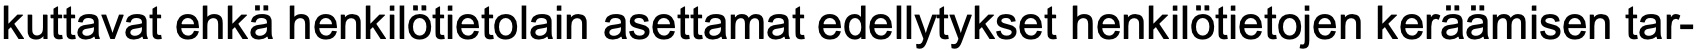
kuttavat ehkä henkilötietolain asettamat edellytykset henkilötietojen keräämisen tar-